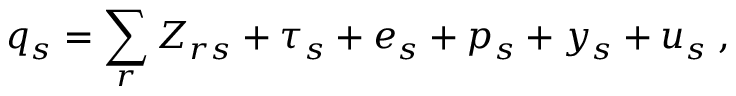
q _ { s } = \sum _ { r } Z _ { r s } + \tau _ { s } + e _ { s } + p _ { s } + y _ { s } + u _ { s } \; ,